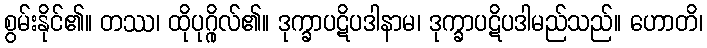
စွမ်းနိုင်၏။ တဿ၊ ထိုပုဂ္ဂိုလ်၏။ ဒုက္ခာပဋိပဒါနာမ၊ ဒုက္ခာပဋိပဒါမည်သည်။ ဟောတိ၊